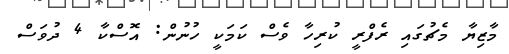
މާޒިޔާ މެޗުގައި ރެފްރީ ކުރިހާ ވެސް ކަމަކީ ހުނުން: އޮސްކާ 4 ދުވަސް